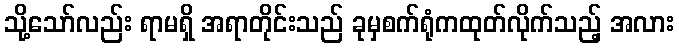
သို့သော်လည်း ရာမရှိ အရာတိုင်းသည် ခုမှစက်ရုံကထုတ်လိုက်သည့် အလား